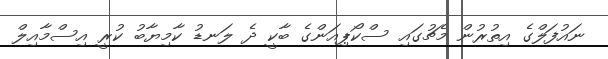
ނައުފަލްގެ އިތުރުން މެޗުގައި ސްކޯޕިއަންގެ ބާކީ ދެ ލަނޑު ކާމިޔާބު ކުރީ އިސްމާއިލް